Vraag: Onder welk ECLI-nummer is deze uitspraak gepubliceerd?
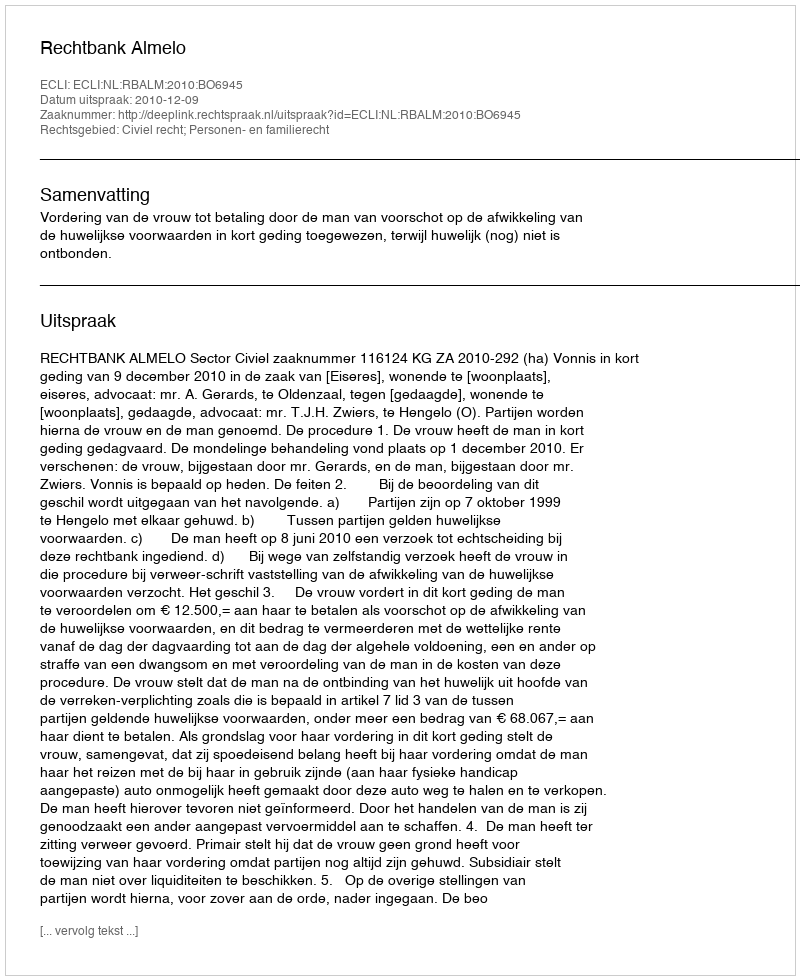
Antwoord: ECLI:NL:RBALM:2010:BO6945